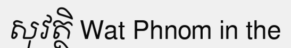
សុវត្ថិ Wat Phnom in the